Report on the nature of kala-azar
Disease focus: Kala-Azar
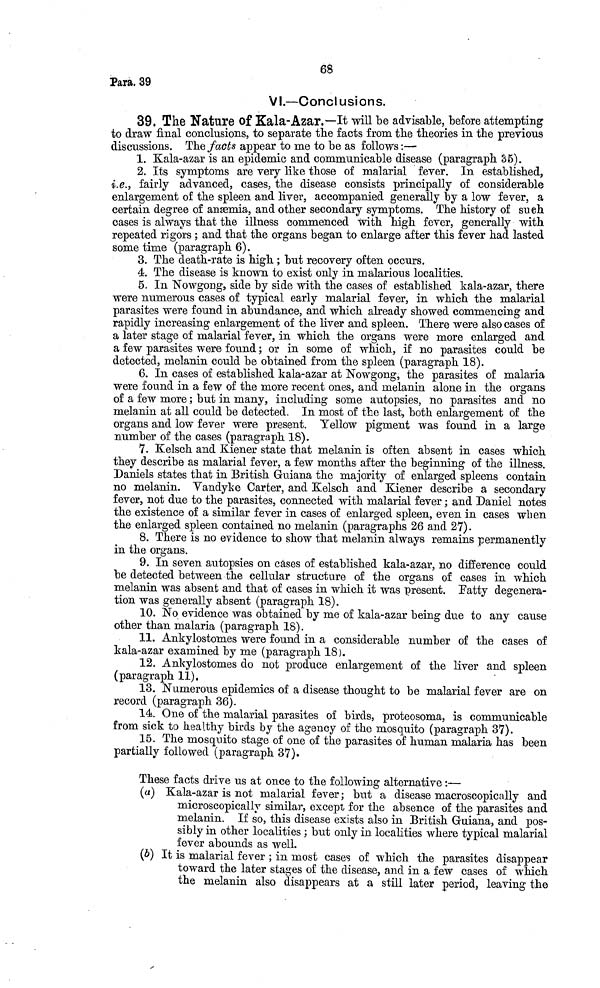
68
Para. 39
VI.—Conclusions.
39. The Nature of Kala-Azar.—It will be advisable, before attempting
to draw final conclusions, to separate the facts from the theories in the previous
discussions. The facts appear to me to be as follows :—
1. Kala-azar is an epidemic and communicable disease (paragraph 35).
2. Its symptoms are very like those of malarial fever. In established,
i.e., fairly advanced, cases, the disease consists principally of considerable
enlargement of the spleen and liver, accompanied generally by a low fever, a
certain degree of anæmia, and other secondary symptoms. The history of such
cases is always that the illness commenced with high fever, generally with
repeated rigors ; and that the organs began to enlarge after this fever had lasted
some time (paragraph 6).
3. The death-rate is high ; but recovery often occurs.
4. The disease is known to exist only in malarious localities.
5. In Nowgong, side by side with the cases of established kala-azar, there
were numerous cases of typical early malarial fever, in which the malarial
parasites were found in abundance, and which already showed commencing and
rapidly increasing enlargement of the liver and spleen. There were also cases of
a later stage of malarial fever, in which the organs were more enlarged and
a few parasites were found ; or in some of which, if no parasites could be
detected, melanin could be obtained from the spleen (paragraph 18).
6. In cases of established kala-azar at Nowgong, the parasites of malaria
were found in a few of the more recent ones, and melanin alone in the organs
of a few more ; but in many, including some autopsies, no parasites and no
melanin at all could be detected. In most of the last, both enlargement of the
organs and low fever were present. Yellow pigment was found in a large
number of the cases (paragraph 18).
7. Kelsch and Kiener state that melanin is often absent in cases which
they describe as malarial fever, a few months after the beginning of the illness.
Daniels states that in British Guiana the majority of enlarged spleens contain
no melanin. Vandyke Carter, and Kelsch and Kiener describe a secondary
fever, not due to the parasites, connected with malarial fever ; and Daniel notes
the existence of a similar fever in cases of enlarged spleen, even in cases when
the enlarged spleen contained no melanin (paragraphs 26 and 27).
8. There is no evidence to show that melanin always remains permanently
in the organs.
9. In seven autopsies on cases of established kala-azar, no difference could
be detected between the cellular structure of the organs of cases in which
melanin was absent and that of cases in which it was present. Fatty degenera-
tion was generally absent (paragraph 18).
10. No evidence was obtained by me of kala-azar being due to any cause
other than malaria (paragraph 18).
11. Ankylostomes were found in a considerable number of the cases of
kala-azar examined by me (paragraph 18).
12. Ankylostomes do not produce enlargement of the liver and spleen
(paragraph 11).
13. Numerous epidemics of a disease thought to be malarial fever are on
record (paragraph 36).
14. One of the malarial parasites of birds, proteosoma, is communicable
from sick to healthy birds by the agency of the mosquito (paragraph 37).
15. The mosquito stage of one of the parasites of human malaria has been
partially followed (paragraph 37).
These facts drive us at once to the following alternative :—
(a) Kala-azar is not malarial fever; but a disease macroscopic ally and
microscopically similar, except for the absence of the parasites and
melanin. If so, this disease exists also in British Guiana, and pos-
sibly in other localities ; but only in localities where typical malarial
fever abounds as well.
(b) It is malarial fever ; in most cases of which the parasites disappear
toward the later stages of the disease, and in a few cases of which
the melanin also disappears at a still later period, leaving the